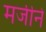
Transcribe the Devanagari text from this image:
मर्जीने